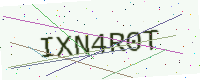
Text: IXN4R0T